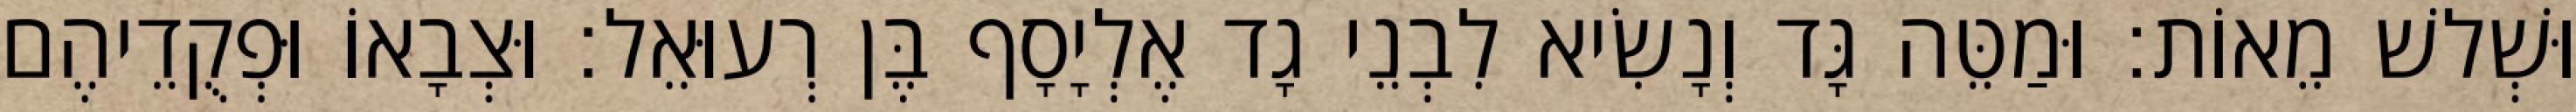
וּשְׁלשׁ מֵאוֹת׃ וּמַטֵּה גָּד וְנָשִׂיא לִבְנֵי גָד אֶלְיָסָף בֶּן רְעוּאֵל׃ וּצְבָאוֹ וּפְקֻדֵיהֶם